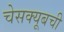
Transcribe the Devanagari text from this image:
चेसक्यूबची